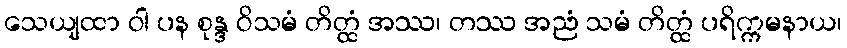
သေယျထာ ဝါ ပန စုန္ဒ ဝိသမံ တိတ္ထံ အဿ၊ တဿ အညံ သမံ တိတ္ထံ ပရိက္ကမနာယ၊